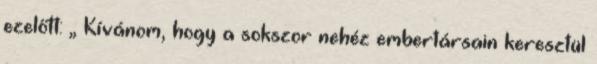
ezelőtt: „ Kívánom, hogy a sokszor nehéz embertársain keresztül